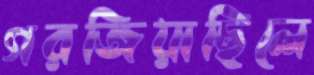
গরজিয়াছিলে